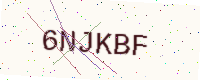
Text: 6NJKBF